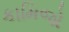
કામિજો